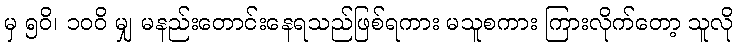
မှ ၅၀ိ၊ ၁၀၀ိ မျှ မနည်းတောင်းနေရသည်ဖြစ်ရကား မသူစကား ကြားလိုက်တော့ သူလို